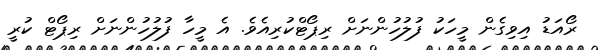
ރޯއަޑު އިވިގެން މީހަކު ފުލުހުންނަށް ރިޕޯޓްކުރިއެވެ. އެ މީހާ ފުލުހުންނަށް ރިޕޯޓް ކުރީ